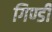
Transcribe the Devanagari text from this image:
गिण्डी